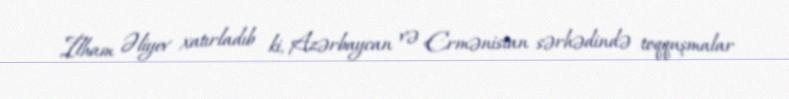
İlham Əliyev xatırladıb ki, Azərbaycan və Ermənistan sərhədində toqquşmalar